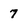
Character: 7